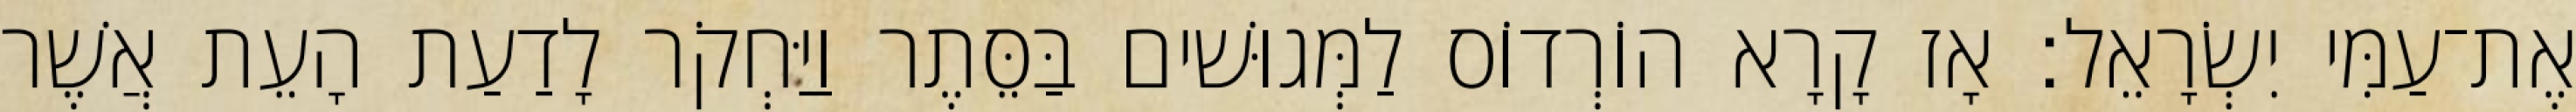
אֶת־עַמִּי יִשְׂרָאֵל׃ אָז קָרָא הוֹרְדוֹס לַמְּגוּשׁים בַּסֵּתֶר וַיַּחְקֹר לָדַעַת הָעֵת אֲשֶׁר